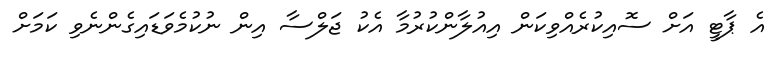
އެ ޕާޓީ އަށް ސޮއިކުރެއްވިކަން އިއުލާންކުރުމާ އެކު ޖަލްސާ އިން ނުކުމެވަޑައިގެންނެވި ކަމަށް